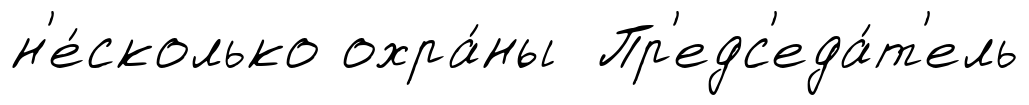
н'е́сколько охра́ны Пр'едс'еда́т'ель